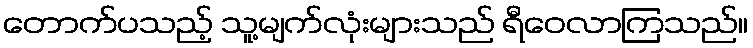
တောက်ပသည့် သူ့မျက်လုံးများသည် ရီဝေလာကြသည်။